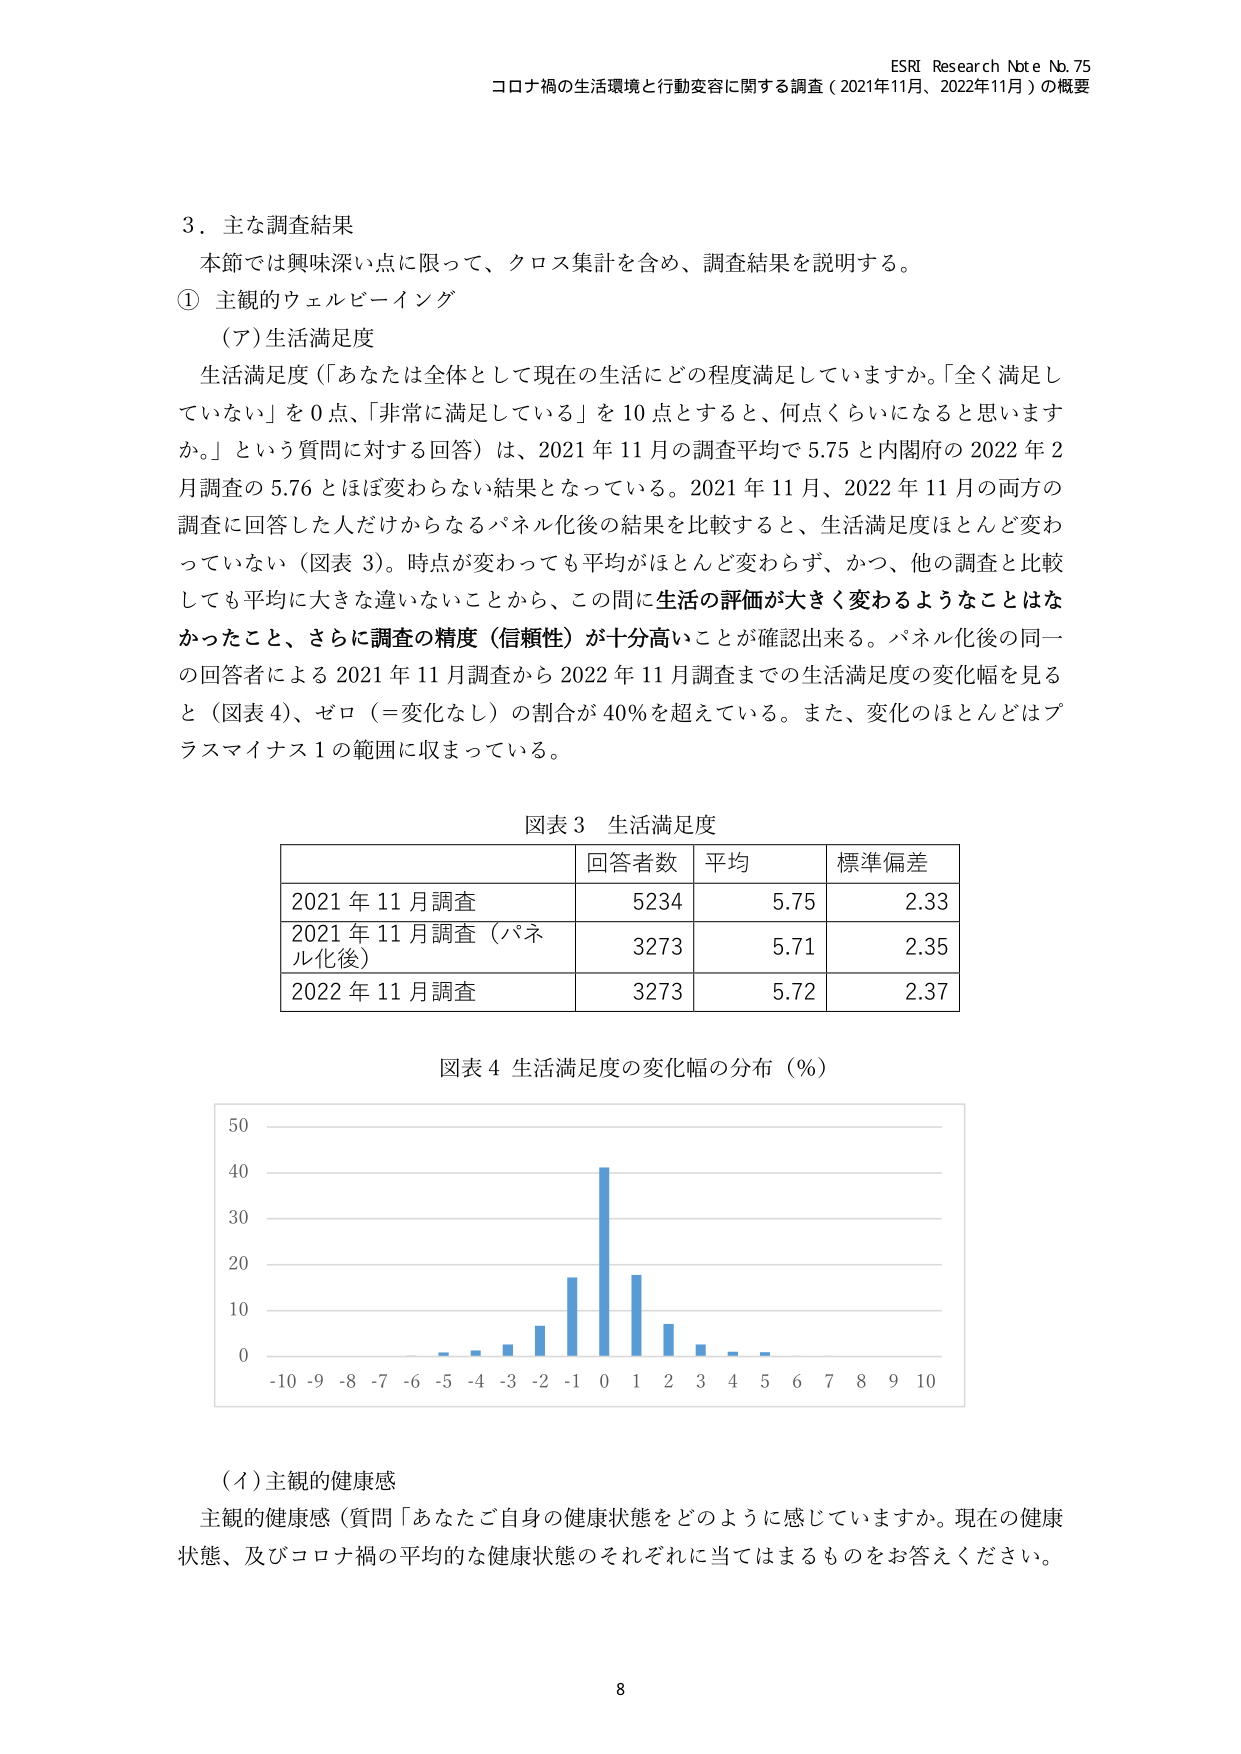
ESRI Research Note No. 75
コロナ禍の生活環境と行動変容に関する調査（2021年11月、2022年11月）の概要

3．主な調査結果
本節では興味深い点に限って、クロス集計を含め、調査結果を説明する。
① 主観的ウェルビーイング
（ア）生活満足度
生活満足度（「あなたは全体として現在の生活にどの程度満足していますか。「全く満足していない」を0点、「非常に満足している」を10点とすると、何点くらいになると思いますか。」という質問に対する回答）は、2021年11月の調査平均で5.75と内閣府の2022年2月調査の5.76とはほぼ変わらない結果となっている。2021年11月、2022年11月の両方の調査に回答した人だけからなるパネル化後の結果を比較すると、生活満足度ほとんど変わっていない（図表3）。時点が変わっても平均がほとんど変わらず、かつ、他の調査と比較しても平均に大きな違いないことから、この問に生活の評価が大きく変わるようなことはなかったこと、さらに調査の精度（信頼性）が十分高いことが確認出来る。パネル化後の同一の回答者による2021年11月調査から2022年11月調査までの生活満足度の変化幅を見ると（図表4）、ゼロ（＝変化なし）の割合が40％を超えている。また、変化のほとんどはプラスマイナス1の範囲に収まっている。

図表3 生活満足度
| | 回答者数 | 平均 | 標準偏差 |
|---|---|---|---|
| 2021年11月調査 | 5234 | 5.75 | 2.33 |
| 2021年11月調査（パネル化後） | 3273 | 5.71 | 2.35 |
| 2022年11月調査 | 3273 | 5.72 | 2.37 |

図表4 生活満足度の変化幅の分布（％）
[棒グラフ：横軸は-10から10まで、縦軸は0から50まで。0の位置に最も高い棒があり、-1と1にも高い棒がある。]

（イ）主観的健康感
主観的健康感（質問「あなたご自身の健康状態をどのように感じていますか。現在の健康状態、及びコロナ禍の平均的な健康状態のそれぞれに当てはまるものをお答えください。」

8